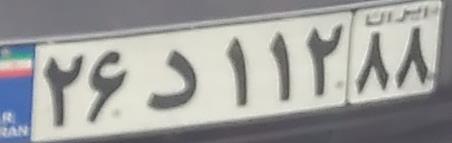
۲۶د۱۱۲۸۸